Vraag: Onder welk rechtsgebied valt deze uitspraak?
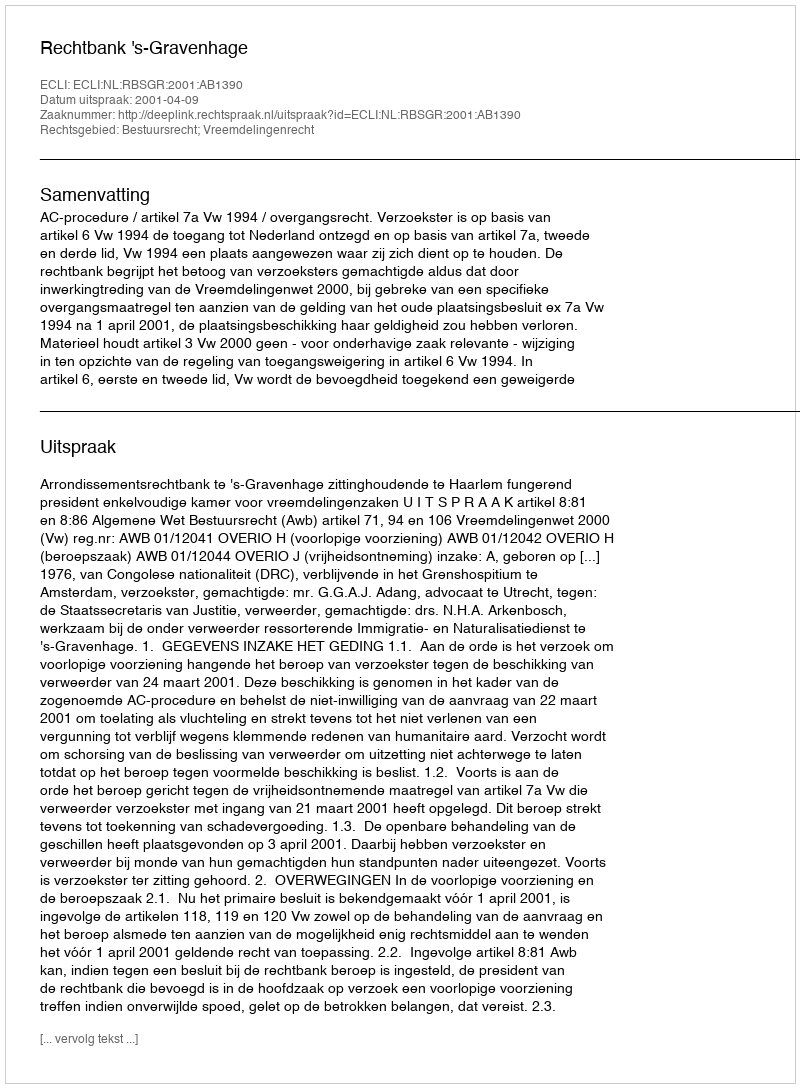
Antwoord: Bestuursrecht; Vreemdelingenrecht